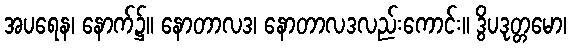
အပရေန၊ နောက်၌။ နောတာလဒ၊ နောတာလဒလည်းကောင်း။ ဒွိပဒုတ္တမော၊